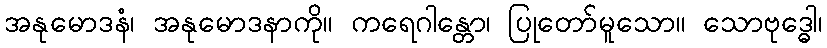
အနုမောဒနံ၊ အနုမောဒနာကို။ ကရေဂာန္တော၊ ပြုတော်မူသော။ သောဗုဒ္ဓေါ၊